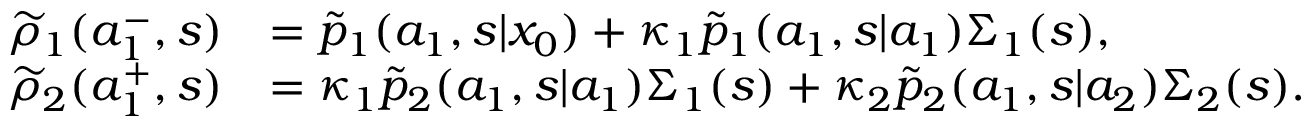
\begin{array} { r l } { \widetilde { \rho } _ { 1 } ( a _ { 1 } ^ { - } , s ) } & { = \widetilde { p } _ { 1 } ( a _ { 1 } , s | x _ { 0 } ) + \kappa _ { 1 } \widetilde { p } _ { 1 } ( a _ { 1 } , s | a _ { 1 } ) \Sigma _ { 1 } ( s ) , } \\ { \widetilde { \rho } _ { 2 } ( a _ { 1 } ^ { + } , s ) } & { = \kappa _ { 1 } \widetilde { p } _ { 2 } ( a _ { 1 } , s | a _ { 1 } ) \Sigma _ { 1 } ( s ) + \kappa _ { 2 } \widetilde { p } _ { 2 } ( a _ { 1 } , s | a _ { 2 } ) \Sigma _ { 2 } ( s ) . } \end{array}